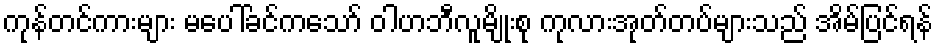
ကုန်တင်ကားများ မပေါ်ခင်ကသော် ဝါဟဘီလူမျိုးစု ကုလားအုတ်တပ်များသည် အိမ်ပြင်ရန်